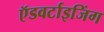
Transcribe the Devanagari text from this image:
ऍडवर्टाइजिंग